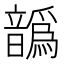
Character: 𩑁